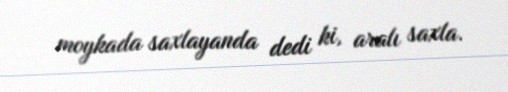
moykada saxlayanda dedi ki, aralı saxla.